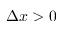
\Delta x > 0